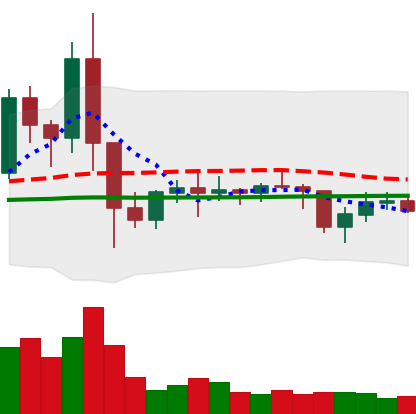
Ticker: EOS-USD
Chart end date: 2021-01-25
Forward return: 10.104%
Label: up_7plus